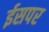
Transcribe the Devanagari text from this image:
ईसपर